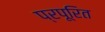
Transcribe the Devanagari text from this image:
प्रपूरित